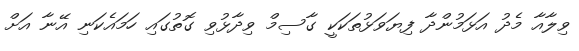
ވިލާއާ މެދު އަޅަމުންދާ ފިޔަވަޅުތަކަކީ ގާސިމް ވިދާޅުވި ގޮތުގައި ހަމައެކަނި އޭނާ އަށް